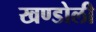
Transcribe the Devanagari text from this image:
खण्डोली